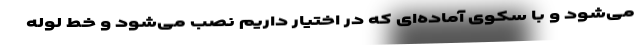
می‌شود و با سکوی آماده‌ای که در اختیار داریم نصب می‌شود و خط لوله